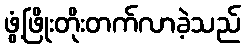
ဖွံ့ဖြိုးတိုးတက်လာခဲ့သည်